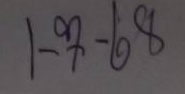
1 - 7 -68